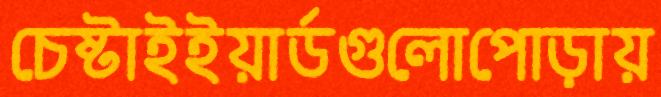
চেষ্টাইইয়ার্ডগুলোপোড়ায়